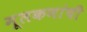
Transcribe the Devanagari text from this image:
मूलकणांची